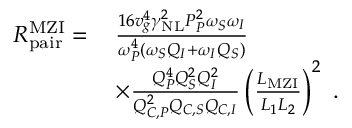
\begin{array} { r l } { R _ { \mathrm { p a i r } } ^ { \mathrm { M Z I } } = \, } & { \frac { 1 6 v _ { g } ^ { 4 } \gamma _ { \mathrm { N L } } ^ { 2 } P _ { P } ^ { 2 } \omega _ { S } \omega _ { I } } { \omega _ { P } ^ { 4 } \left( \omega _ { S } Q _ { I } + \omega _ { I } Q _ { S } \right) } } \\ & { \times \frac { Q _ { P } ^ { 4 } Q _ { S } ^ { 2 } Q _ { I } ^ { 2 } } { Q _ { C , P } ^ { 2 } Q _ { C , S } Q _ { C , I } } \left( \frac { L _ { \mathrm { M Z I } } } { L _ { 1 } L _ { 2 } } \right) ^ { 2 } \ . } \end{array}